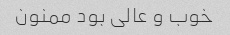
خوب و عالی بود ممنون